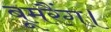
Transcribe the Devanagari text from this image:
बूमरैंग।